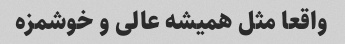
واقعا مثل همیشه عالی و خوشمزه